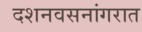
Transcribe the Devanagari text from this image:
दशनवसनांगरात